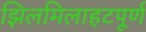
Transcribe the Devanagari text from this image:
झिलमिलाहटपूर्ण